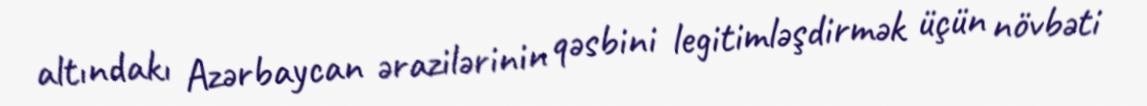
altındakı Azərbaycan ərazilərinin qəsbini legitimləşdirmək üçün növbəti